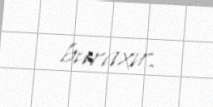
buraxır.